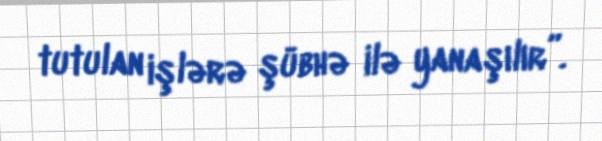
tutulan işlərə şübhə ilə yanaşılır”.